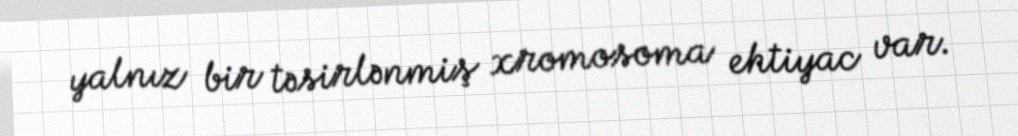
yalnız bir təsirlənmiş xromosoma ehtiyac var.